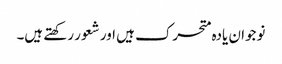
نوجوان یادہ متحرک ہیں اور شعور رکھتے ہیں۔